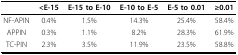
<table><thead><tr><td></td><td><b><i>&lt;</i>E-15</b></td><td><b>E-15 to E-10</b></td><td><b>E-10 to E-5</b></td><td><b>E-5 to 0.01</b></td><td><b><i>≥</i>0.01</b></td></tr></thead><tbody><tr><td>NF-APIN</td><td>0.4%</td><td>1.5%</td><td>14.3%</td><td>25.4%</td><td>58.4%</td></tr><tr><td>APPIN</td><td>0.3%</td><td>1.1%</td><td>8.2%</td><td>28.3%</td><td>61.9%</td></tr><tr><td>TC-PIN</td><td>2.3%</td><td>3.5%</td><td>11.9%</td><td>23.5%</td><td>58.8%</td></tr></tbody></table>